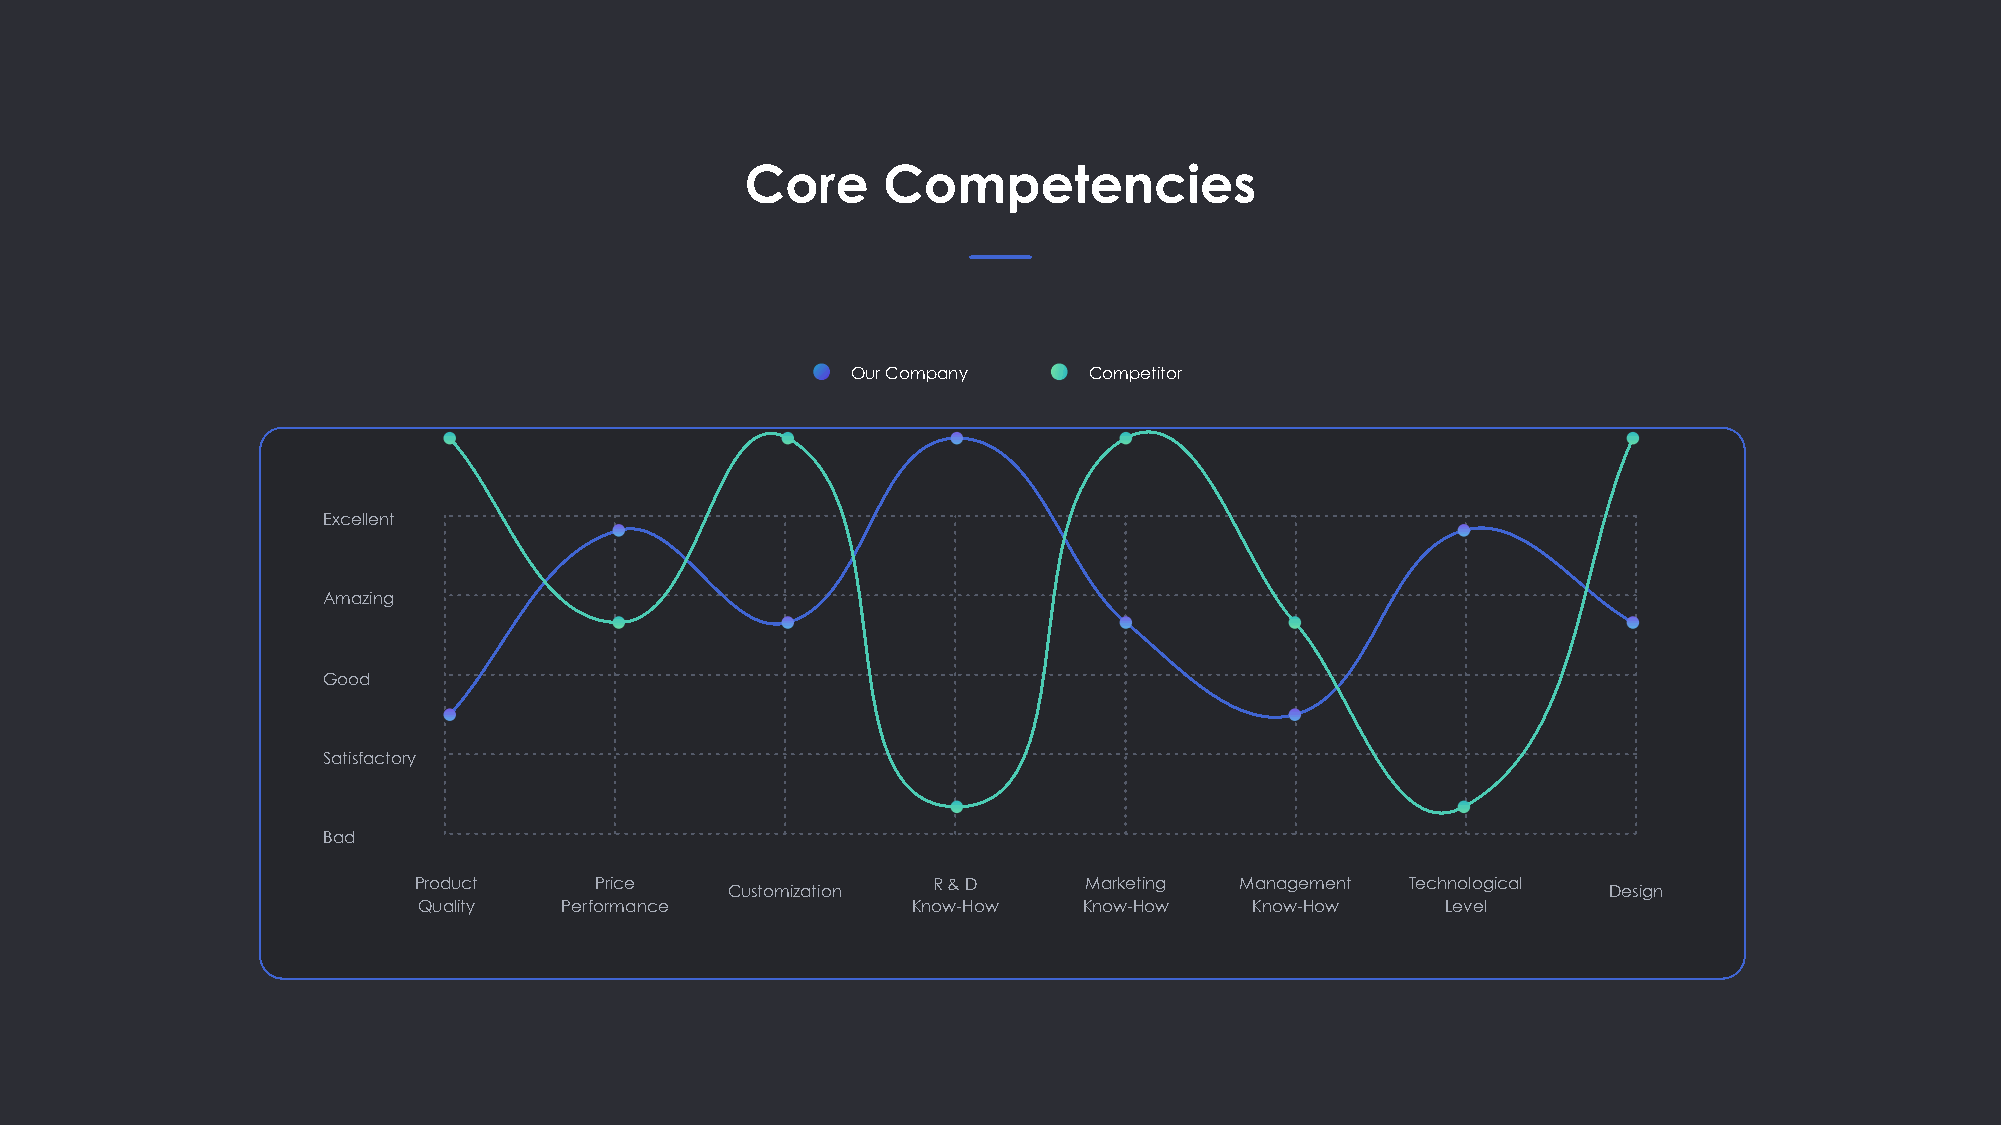
Core     Competencies
 Our Company     Competitor
 Excellent
 Amazing
 Good
 Satisfactory
 Bad
 Product     Price                  R & D     Marketing Management Technological
 Customization                                             Design
 Quality  Performance            Know-How    Know-How   Know-How     Level